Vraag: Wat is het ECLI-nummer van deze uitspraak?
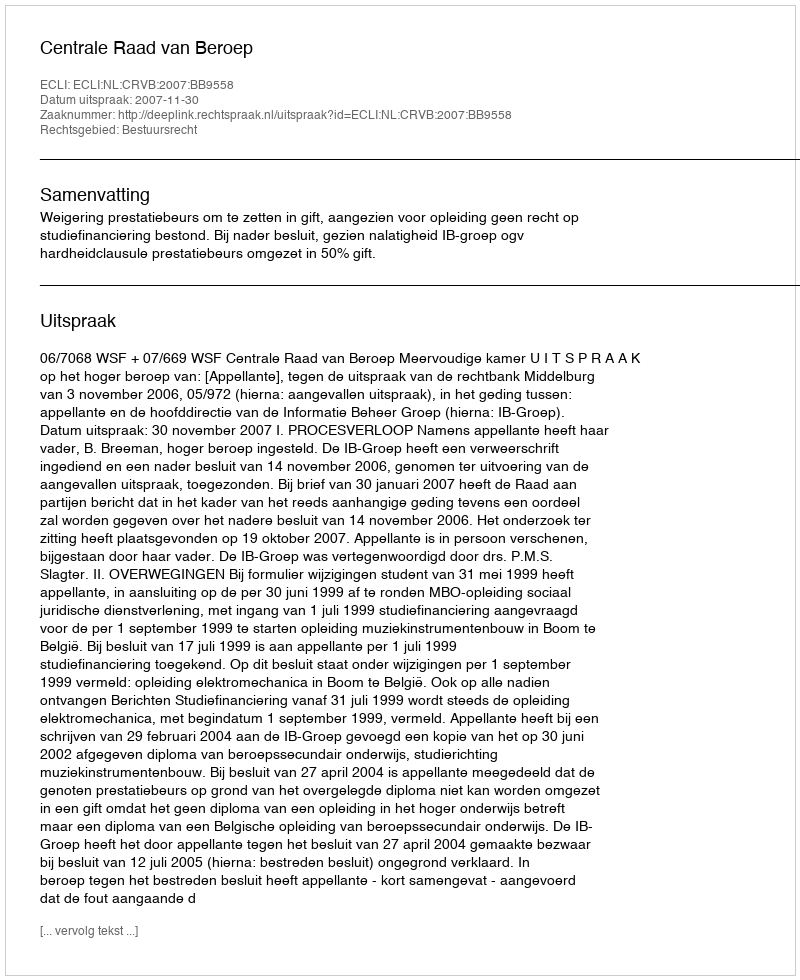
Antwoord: ECLI:NL:CRVB:2007:BB9558